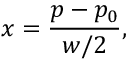
x = { \frac { p - p _ { 0 } } { w / 2 } } ,